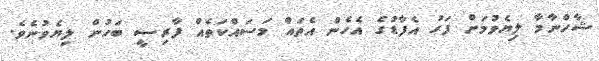
ޝާހްނާމާ ލިޔެވުމަށް ފަހު އެފާޑުގެ އެހެން އެތައް މަސައްކަތެއް ފާރިސީ ބަހުން ލިޔެވުނެވެ.